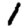
Digit: 1